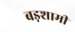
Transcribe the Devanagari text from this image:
बड़शामी